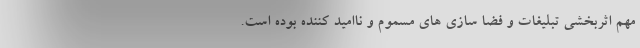
مهم اثربخشی تبلیغات و فضا سازی های مسموم و ناامید کننده بوده است.